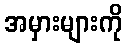
အမှားများကို